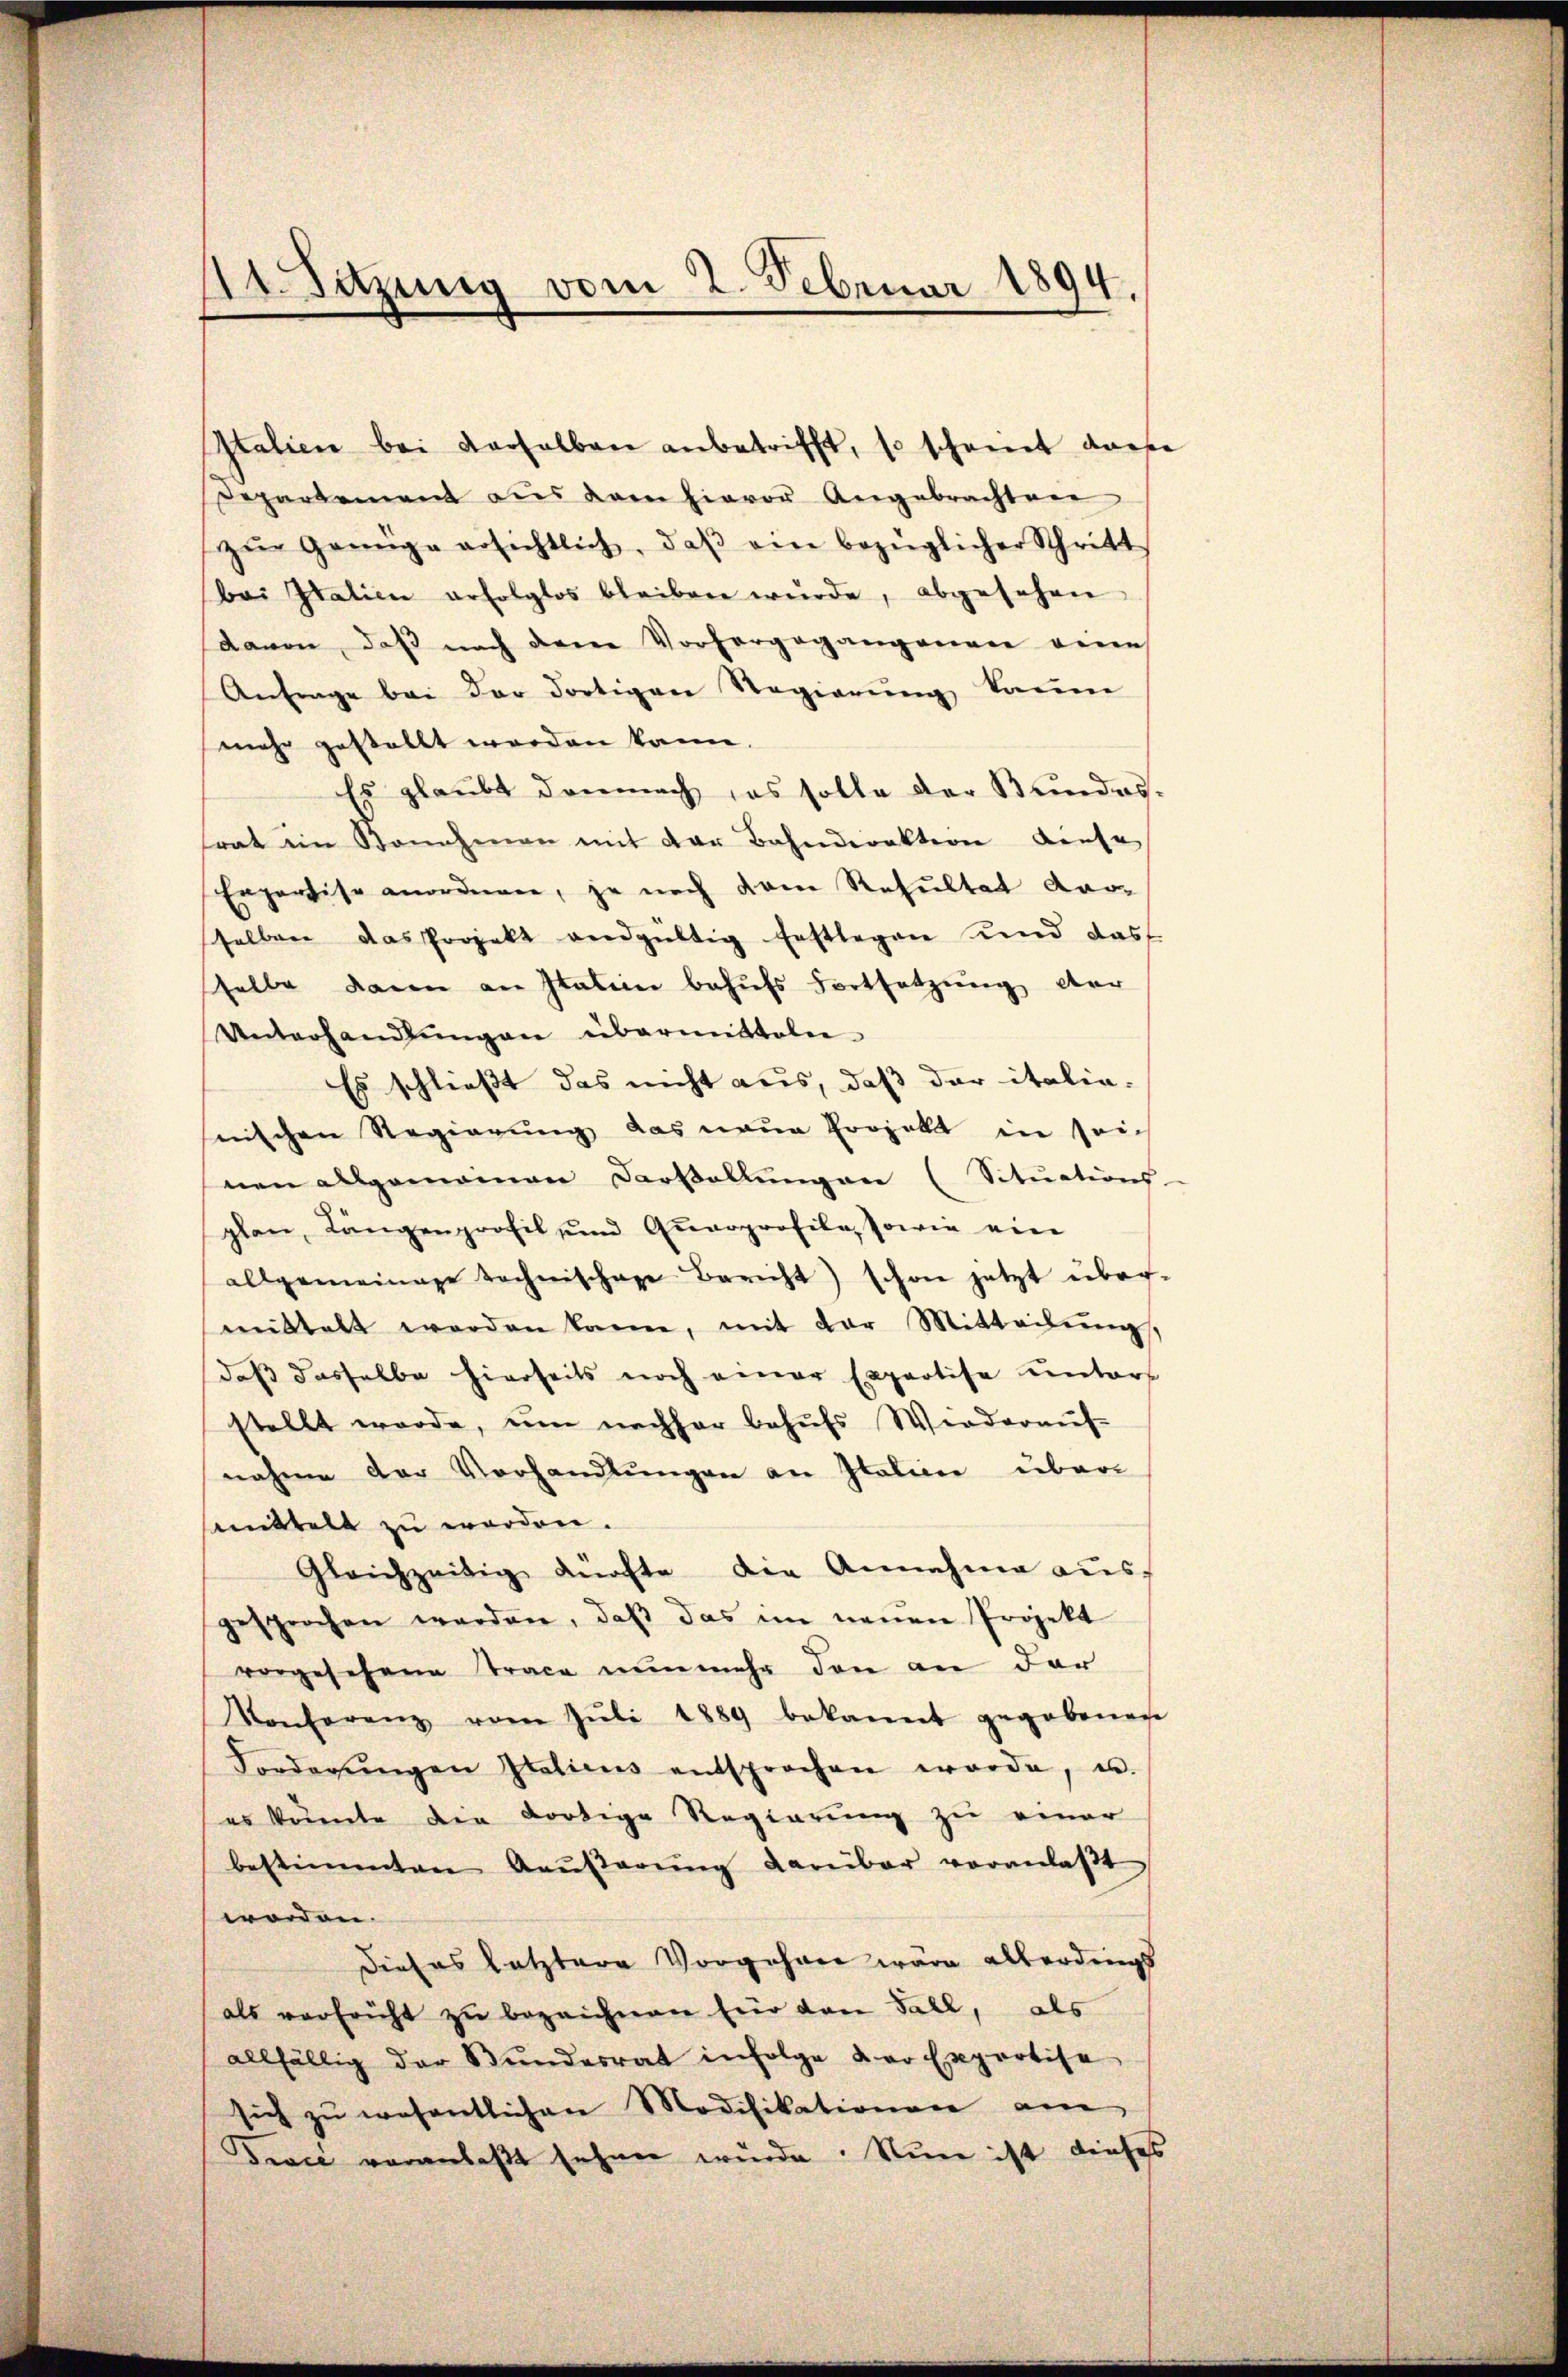
41. Setzung vom 2. Februar 1894.

Italien bei derselben anbetrifft, so scheint dar
Separtement aus dem hievor Angebrachten
zŭr Genüge ersichtlich, daβ ein bezüglicher Schritt
bei Italien erfolglos bleiben wŭrde, abgesehen
Davon, daß nach dere Vorhergegangenen eines
Anfrage bei der dortigen Regierŭng kaum
mehr gestellt werden kann.
Es glaubt demnach es solle der Bundes,
frat im Benehmen mit der Bahndirektion diese
Enpartise anordnen, ja noch dem Resultat dar-
sselben das Projekt endgültig Erstlegen und das
selbe dann an Italien behufs Fortsetzung der
Unterhandlŭngen übermittelen
Es schließt das nicht aus, daß der italia-
snischen Regierung das neue Projekt in seinen allgemeinen Cartellungen (Situations
plan, Längenprofil und Quarprofile, sowie ein
allgemeinige Technischaze Bericht) schon jetzt über
mittelt werden kann, mit der Mitteilŭng
dass dasselbe hierseits noch einer Expertise unters
stellt werde, um nachher behufs Wiederauf-
nahme der Vorhandlungen an Italien übersmmttelt zu werden.
Gleichzeitig dürfte die Annahme aŭs
gesprochen werden, daβ das im neŭen Projekt
vorgesehene Trace nunmehr den an der
Konferenz vom Jŭli 1889 bekannt gegebenen
Forderŭngen Italicus entsprochen werde, u.
es könnte die dortige Regierung zu einer
bestimmten Aeŭβerŭng darüber veranlaβt
worden.
Dieses letztere Vorgehren wäre allerdings
als verfricht zu bezeichnen für den Fall, als
allfällig der Bŭndesrat infolge der Exportise
sich zu wesentlichen Modifikationen am
Dioce veranlaßt sehnen würde. Nun ist dieses